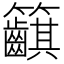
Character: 𥸞